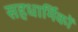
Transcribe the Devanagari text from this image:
सहधार्मिकों